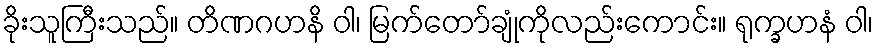
ခိုးသူကြီးသည်။ တိဏဂဟနိ ဝါ၊ မြက်တော်ချုံကိုလည်းကောင်း။ ရုက္ခဟနံ ဝါ၊